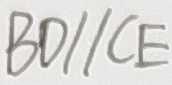
B D / / C E